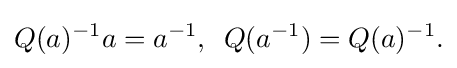
\displaystyle {Q(a)^{-1}a=a^{-1},\,\,\,Q(a^{-1})=Q(a)^{-1}.}